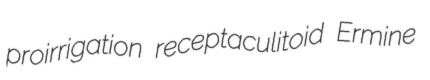
proirrigation receptaculitoid Ermine